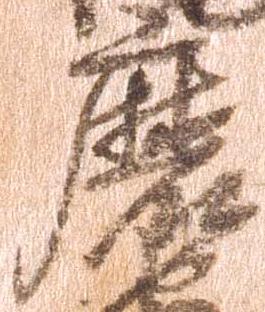
磨